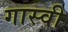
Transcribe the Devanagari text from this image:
गास्वी